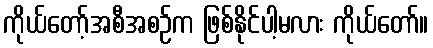
ကိုယ်တော့်အစီအစဉ်က ဖြစ်နိုင်ပါ့မလား ကိုယ်တော်။